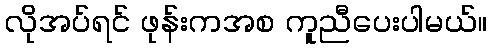
လိုအပ်ရင် ဖုန်းကအစ ကူညီပေးပါမယ်။